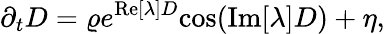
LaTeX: \partial_{t}D=\varrho e^{\mathrm{Re}[\lambda]D}\mathrm{cos}(\mathrm{Im}[\lambda]D)+\eta,